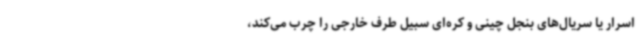
اسرار یا سریال‌های بنجل چینی و کره‌ای سبیل طرف خارجی را چرب می‌کند،